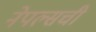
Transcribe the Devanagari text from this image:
नेपल्सची